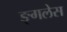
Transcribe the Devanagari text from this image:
ङ्गलेस